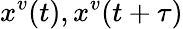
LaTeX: x^{v}(t),x^{v}(t+\tau)